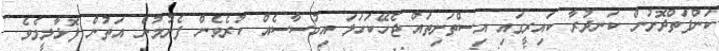
ކަންފަތްދޮށުން ކަނދުރާ ކައިރީގައި އިސްތަށިތައް ޖެހޭކަހަލަ އިހުސާސެއް ކުރެވެން ފެށުމުން އަތުން ފޮޅާލީމެވެ.